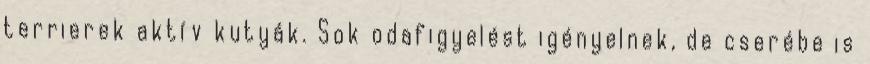
terrierek aktív kutyák. Sok odafigyelést igényelnek, de cserébe is